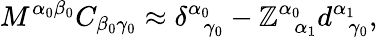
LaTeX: M^{\alpha_{0}\beta_{0}}C_{\beta_{0}\gamma_{0}}\approx\delta_{\; \; \gamma_{0}}^{\alpha_{0}}-\mathbb{Z}_{\; \; \alpha_{1}}^{\alpha_{0}}d_{\; \; \gamma_{0}}^{\alpha_{1}},